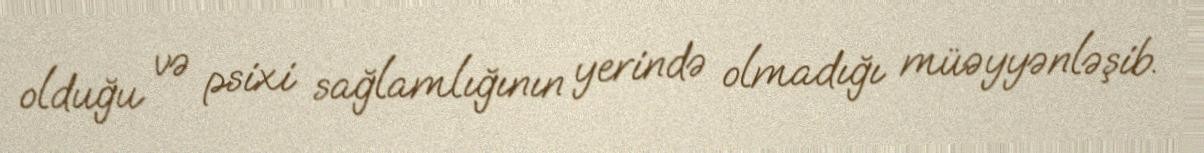
olduğu və psixi sağlamlığının yerində olmadığı müəyyənləşib.